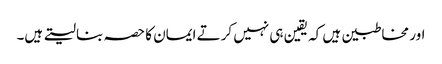
اور مخاطبین ہیں کہ یقین ہی نہیں کرتے ایمان کا حصہ بنا لیتے ہیں۔